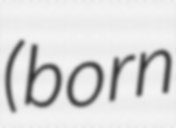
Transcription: (born